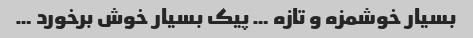
بسیار خوشمزه و تازه … پیک بسیار خوش برخورد …